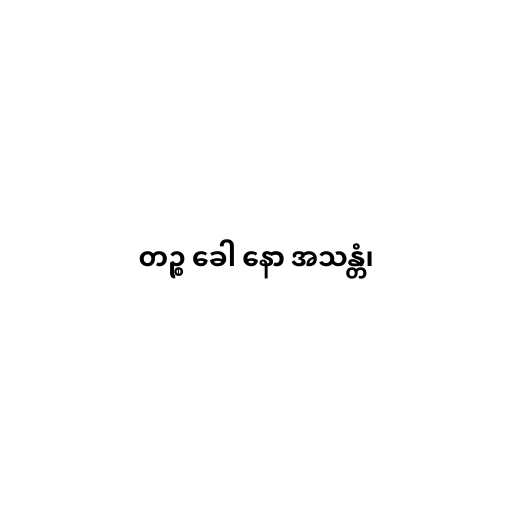
တဉ္စ ခေါ နော အသန္တံ၊